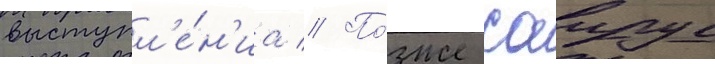
выступл'е́н'иа // По́зже саирус